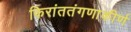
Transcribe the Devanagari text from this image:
किरांततंगणाकीर्ण